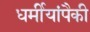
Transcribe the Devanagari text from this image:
धर्मीयांपैकी